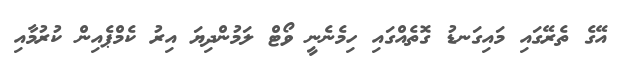
އޭގެ ތެރޭގައި މައިގަނޑު ގޮތެއްގައި ހިމެނެނީ ވޯޓް ލަމުންދިޔަ އިރު ކެމްޕެއިން ކުރުމާއި